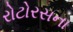
રોટોરસના